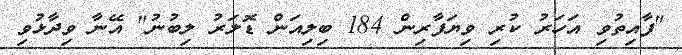
"ފާއިތުވި އަހަރު ކުރި ވިޔަފާރިން 184 ބިލިއަން ޑޮލަރު ލިބުނު" އޭނާ ވިދާޅުވި